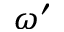
\omega ^ { \prime }